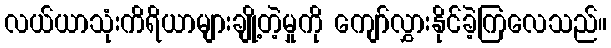
လယ်ယာသုံးကိရိယာများချို့တဲ့မှုကို ကျော်လွှားနိုင်ခဲ့ကြလေသည်။